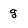
Character: g